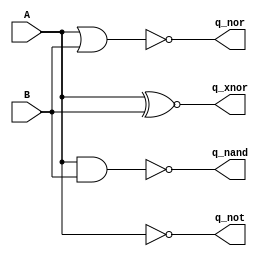
// This program was cloned from: https://github.com/steveicarus/ivtest
// License: GNU General Public License v2.0


module test_logic(input A, B, output q_nand, q_nor, q_xnor, q_not);

   assign q_nand = A ~& B;
   assign q_nor  = A ~| B;
   assign q_xnor = A ~^ B;
   assign q_not  = ~A;

endmodule // test_logic